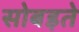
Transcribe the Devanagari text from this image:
सोबइते